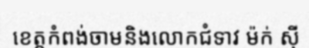
ខេត្តកំពង់ចាមនិងលោកជំទាវ ម៉ក់ ស៊ី